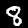
Digit: 8